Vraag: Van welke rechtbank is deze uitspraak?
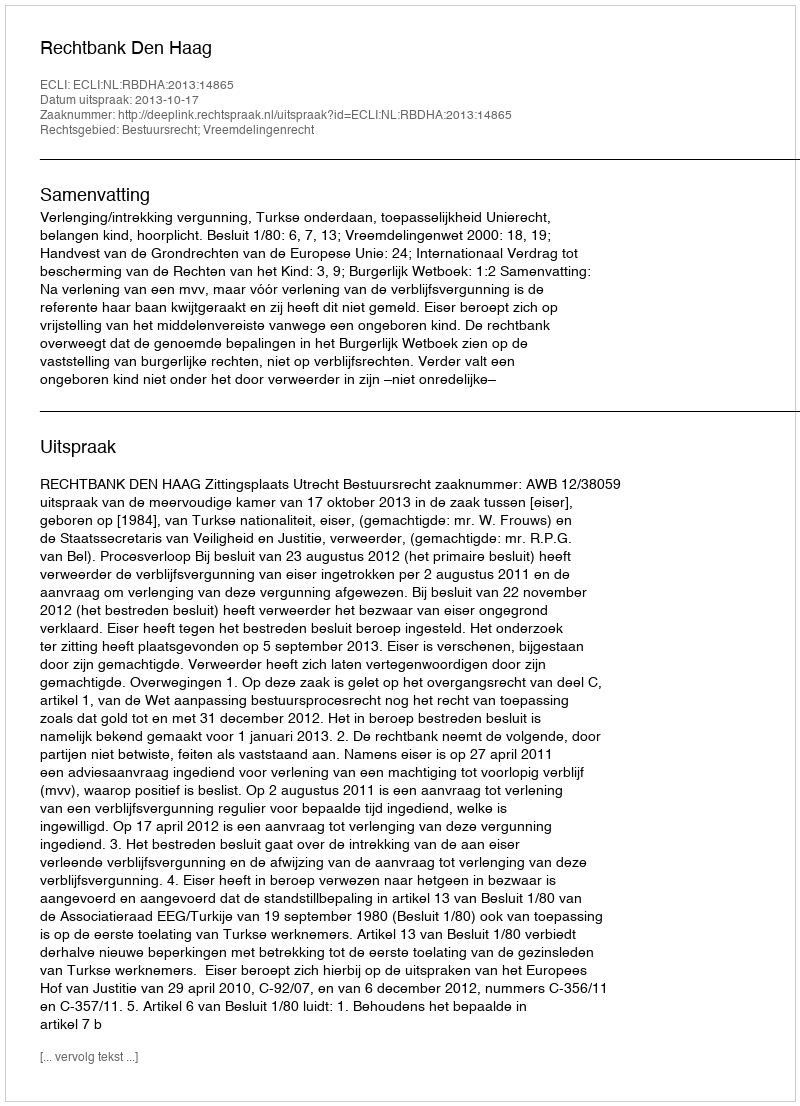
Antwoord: Rechtbank Den Haag